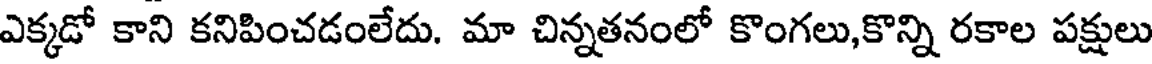
ఎక్కడో కాని కనిపించడంలేదు. మా చిన్నతనంలో కొంగలు,కొన్ని రకాల పక్షులు